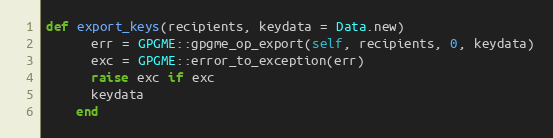
Language: Ruby
def export_keys(recipients, keydata = Data.new)
      err = GPGME::gpgme_op_export(self, recipients, 0, keydata)
      exc = GPGME::error_to_exception(err)
      raise exc if exc
      keydata
    end